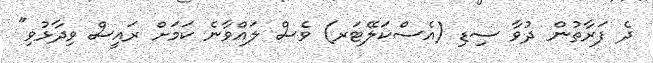
ދެ ފަރާތުން ދުވާ ސިޑި (އެސްކަލޭޓަރ) ވެސް ލައްވާނެ ކަމަށް ރައީސް ވިދާޅުވި"